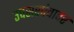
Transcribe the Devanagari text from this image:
उपसरपंचावर